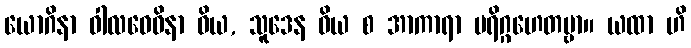
ယောဂိနာ ဝါလဝေဓိနာ ဝိယ, သူဒေန ဝိယ စ အာကာရာ ပရိဂ္ဂဟေတဗ္ဗာ။ ယထာ ဟိ